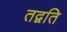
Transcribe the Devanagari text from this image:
तद्वति